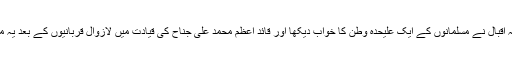
ان حالات میں علامہ اقبال نے مسلمانوں کے ایک علیحدہ وطن کا خواب دیکھا اور قائد اعظم محمد علی جناح کی قیادت میں لازوال قربانیوں کے بعد یہ ملک حاصل کیا گیا ۔